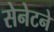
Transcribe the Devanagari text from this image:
सेनेटने